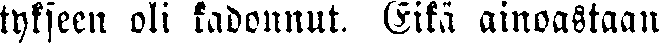
tykseen oli kadonnut. Eikä ainoastaan